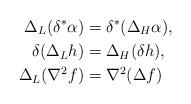
LaTeX: \begin{align*}\Delta_L(\delta^*\alpha)&=\delta^*( \Delta_H\alpha),\\ \delta(\Delta_Lh)&=\Delta_H(\delta h),\\ \Delta_L(\nabla^2 f)&=\nabla^2(\Delta f)\end{align*}